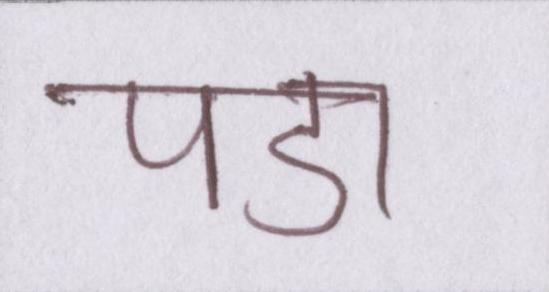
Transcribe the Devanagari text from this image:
पडा